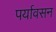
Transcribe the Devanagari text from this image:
पर्यावसन